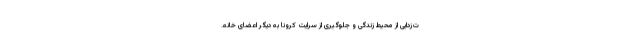
ت‌زدایی از محیط زندگی و جلوگیری از سرایت کرونا به دیگر اعضای خانه.